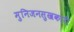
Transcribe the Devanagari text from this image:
मुनिजनसुखकारी